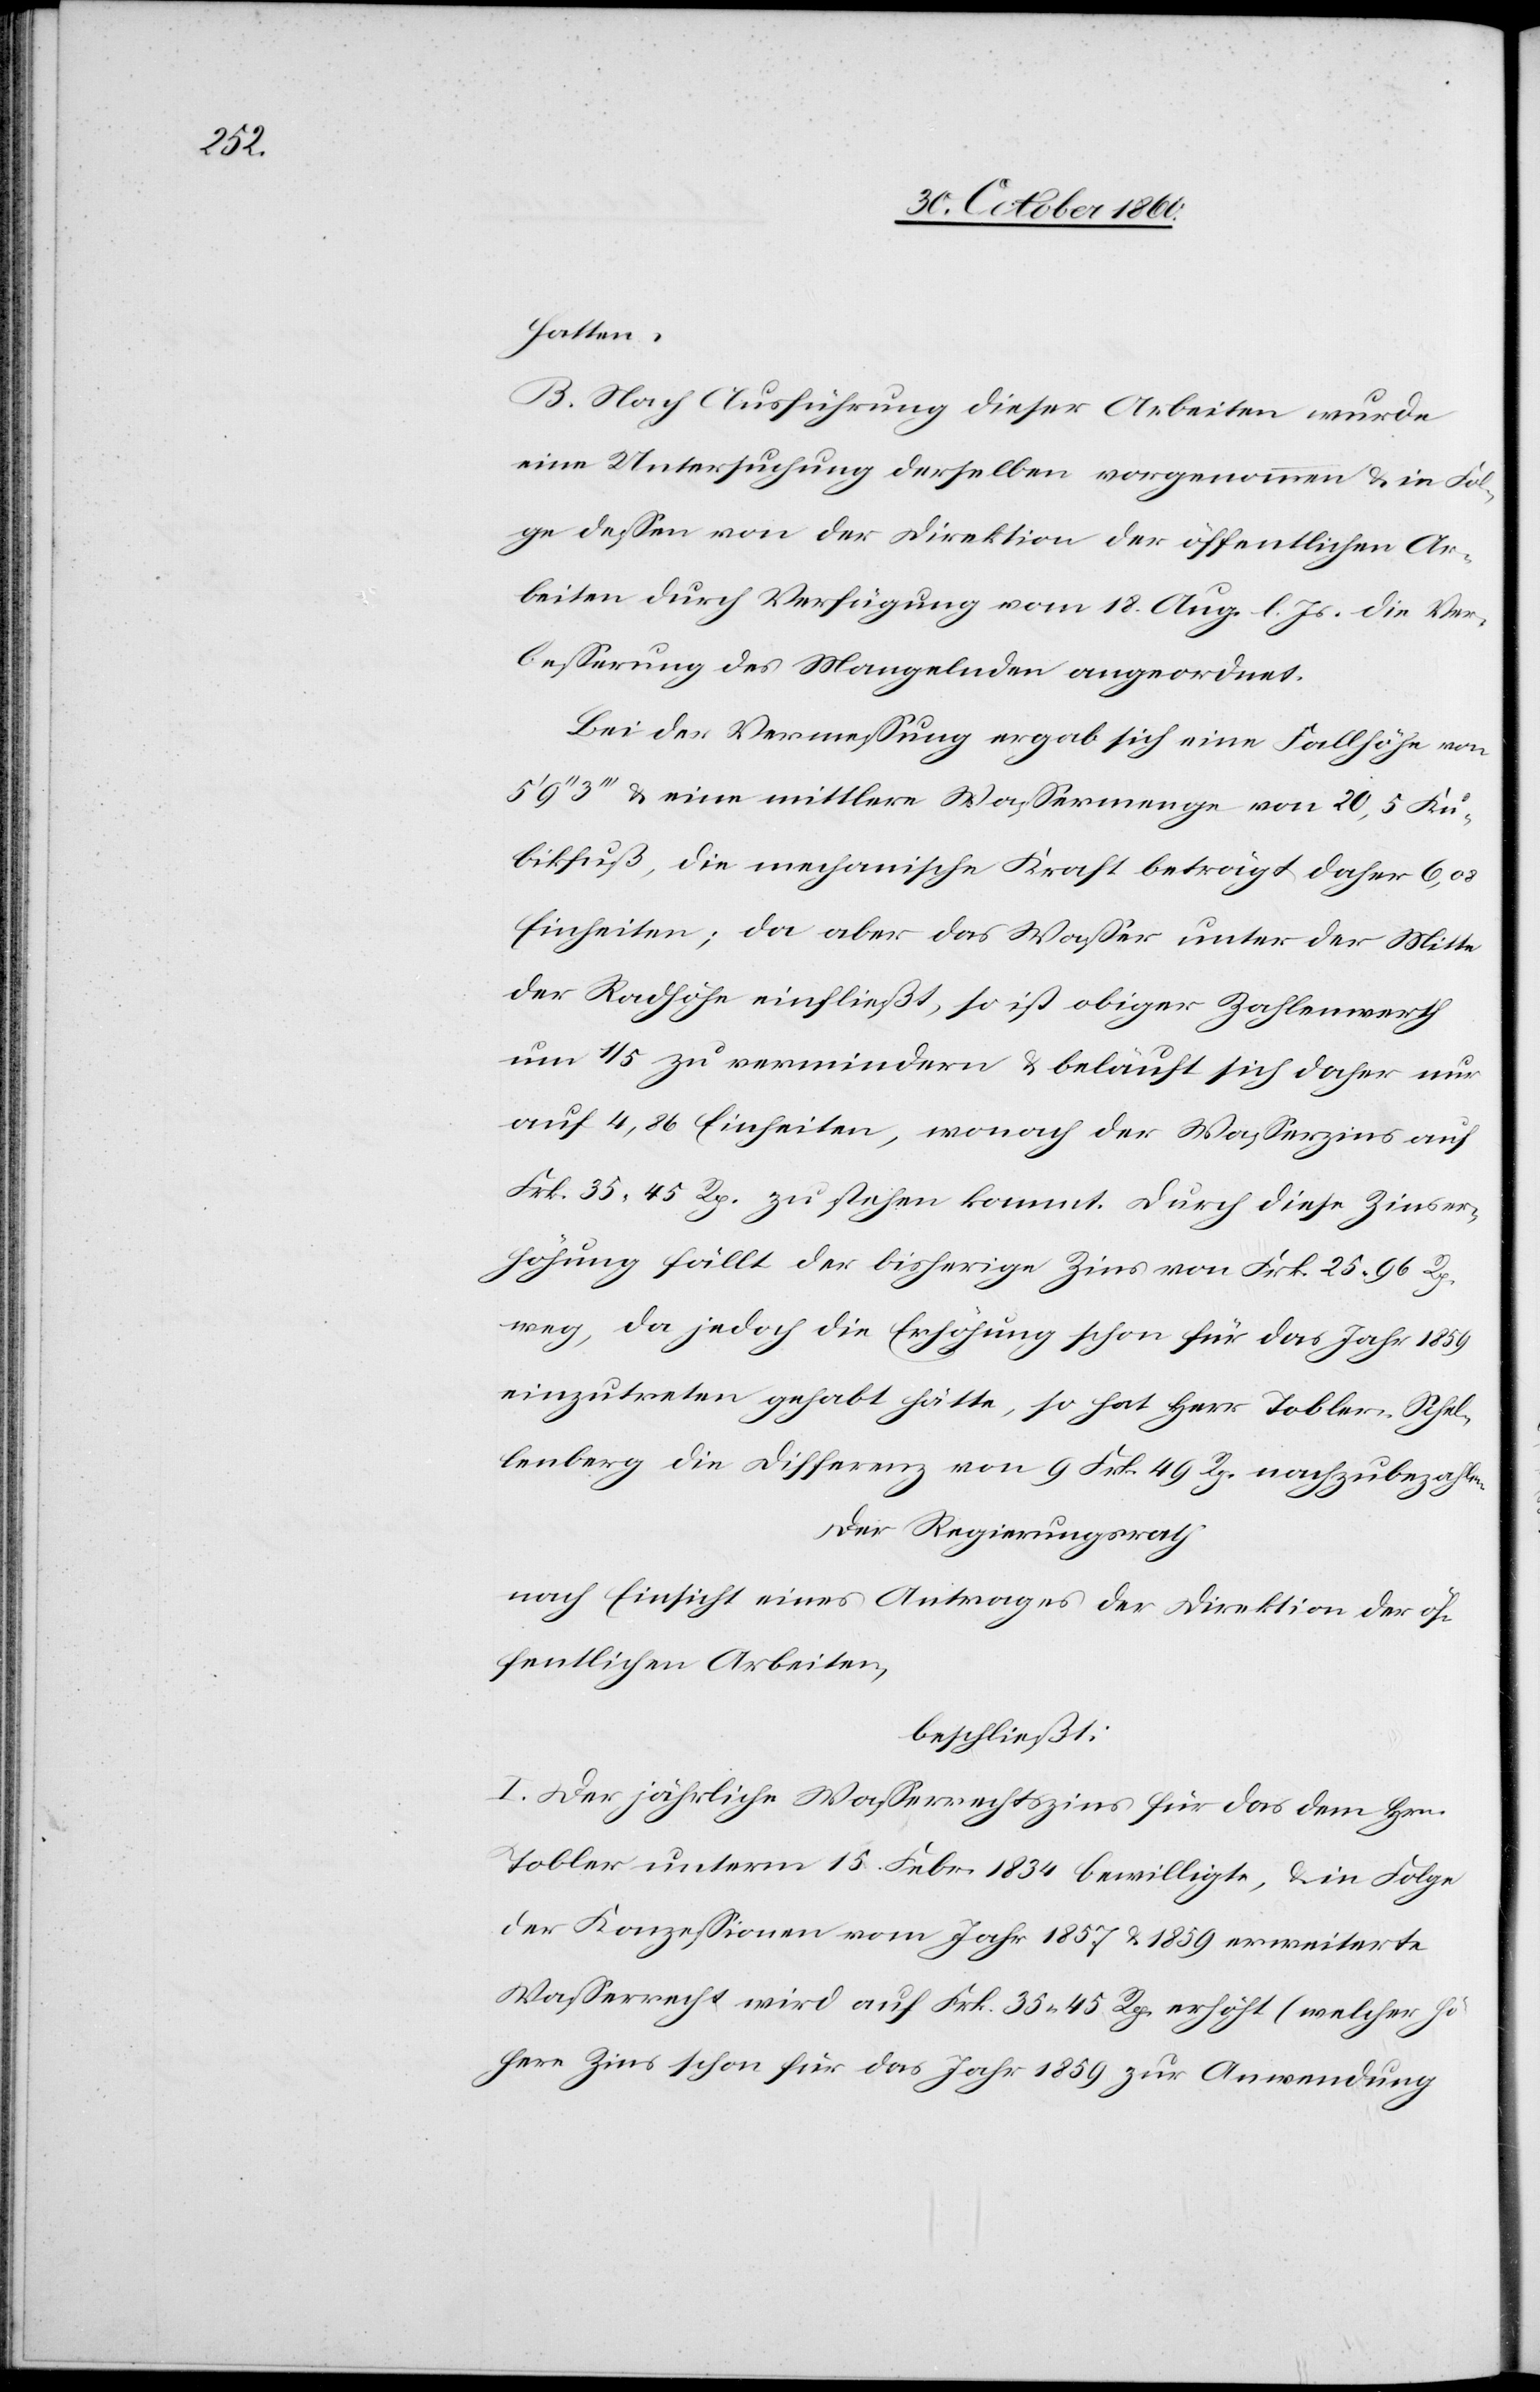
hatten.
B. Nach Ausführung dieser Arbeiten wurde
eine Untersuchung derselben vorgenommen u. in Fol¬
ge dessen von der Direktion der öffentlichen Ar¬
beiten durch Verfügung vom 18. Aug. l. Js. die Ver¬
besserung des Mangelnden angeordnet.
Bei der Vermessung ergab sich eine Fallhöhe von
3’’’ u. eine mittlere Wassermenge von 20,5 Ku¬
bikfuß, die mechanische Kraft beträgt daher 6,08
Einheiten; da aber das Wasser unter der Mitte
der Radhöhe einfließt, so ist obiger Zahlenwerth
um 1/5 zu vermindern u. beläuft sich daher nur
auf 4,86 Einheiten, wonach der Wasserzins auf
Frk. 35 45 Rp. zu stehen kommt. Durch diese Zinser¬
höhung fällt der bisherige Zins von Frk. 25 96 Rp.
weg, da jedoch die Erhöhung schon für das Jahr 1859
einzutreten gehabt hätte, so hat Herr Tobler-Schel¬
lenberg die Differenz von 9 Frk. 49 Rp. nachzubezahlen.
Der Regierungsrath
nach Einsicht eines Antrages der Direktion der öf¬
fentlichen Arbeiten,
beschließt:
I. Der jährliche Wasserrechtszins für das dem Hrn.
Tobler unterm 15. Febr. 1834 bewilligte, u. in Folge
der Konzessionen vom Jahr 1857 u. 1859 erweiterte
Wasserrecht wird auf Frk. 35 45 Rp. erhöht (welcher hö¬
here Zins schon für das Jahr 1859 zur Anwendung